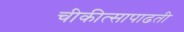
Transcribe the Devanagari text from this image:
चीकीत्सापाढती